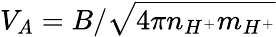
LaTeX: V_{A}={B}/{\sqrt{4\pi n_{H^{+}}m_{H^{+}}}}